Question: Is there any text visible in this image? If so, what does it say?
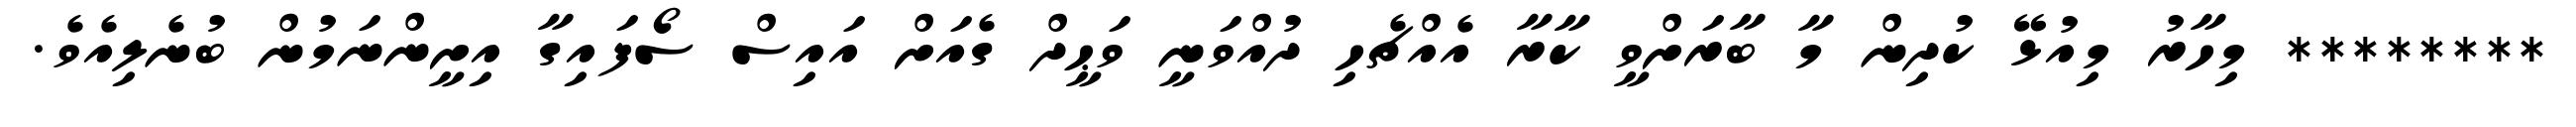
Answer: ******** މިހާރު މިއުޅޭ ކުދިން މާ ބާރަށްވީ ކާރާ އެއްޗެހި ދުއްވަނީ ވަޙީދް ގެއަށް އައިސް ސޯފައިގާ އިށީންނަމުން ބުނެލިއެވެ.